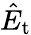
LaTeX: \hat{E}_{\mathrm{t}}